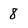
Character: 8